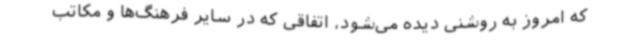
که امروز به روشنی دیده می‌شود، اتفاقی که در سایر فرهنگ‌ها و مکاتب